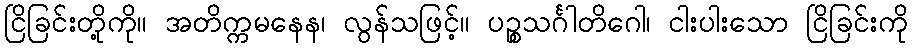
ငြိခြင်းတို့ကို။ အတိက္ကမနေန၊ လွန်သဖြင့်။ ပဉ္စသင်္ဂါတိဂေါ၊ ငါးပါးသော ငြိခြင်းကို